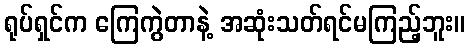
ရုပ်ရှင်က ကြေကွဲတာနဲ့ အဆုံးသတ်ရင်မကြည့်ဘူး။